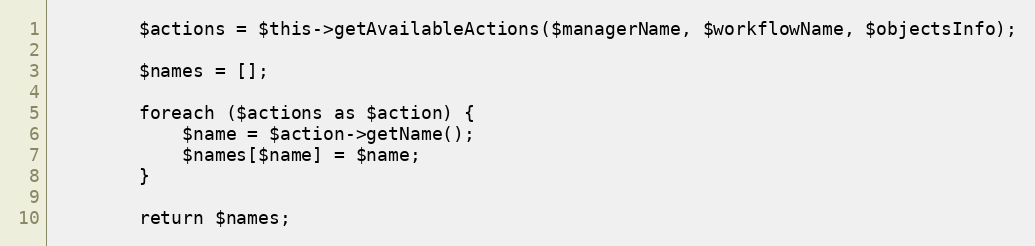
Language: PHP
        $actions = $this->getAvailableActions($managerName, $workflowName, $objectsInfo);

        $names = [];

        foreach ($actions as $action) {
            $name = $action->getName();
            $names[$name] = $name;
        }

        return $names;